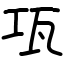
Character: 瓨